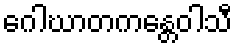
ဂေါဃာတကန္တေဝါသီ